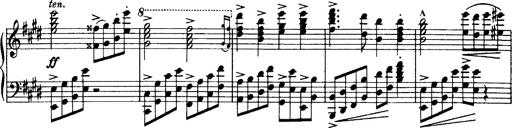
Title: OuvertÃ¼re zu TannhÃ¤user
Composer: Franz Liszt